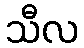
သီလ